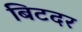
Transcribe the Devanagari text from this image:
बिटदर